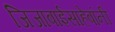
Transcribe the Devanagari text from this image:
जिजाबाईसाहेबांनी